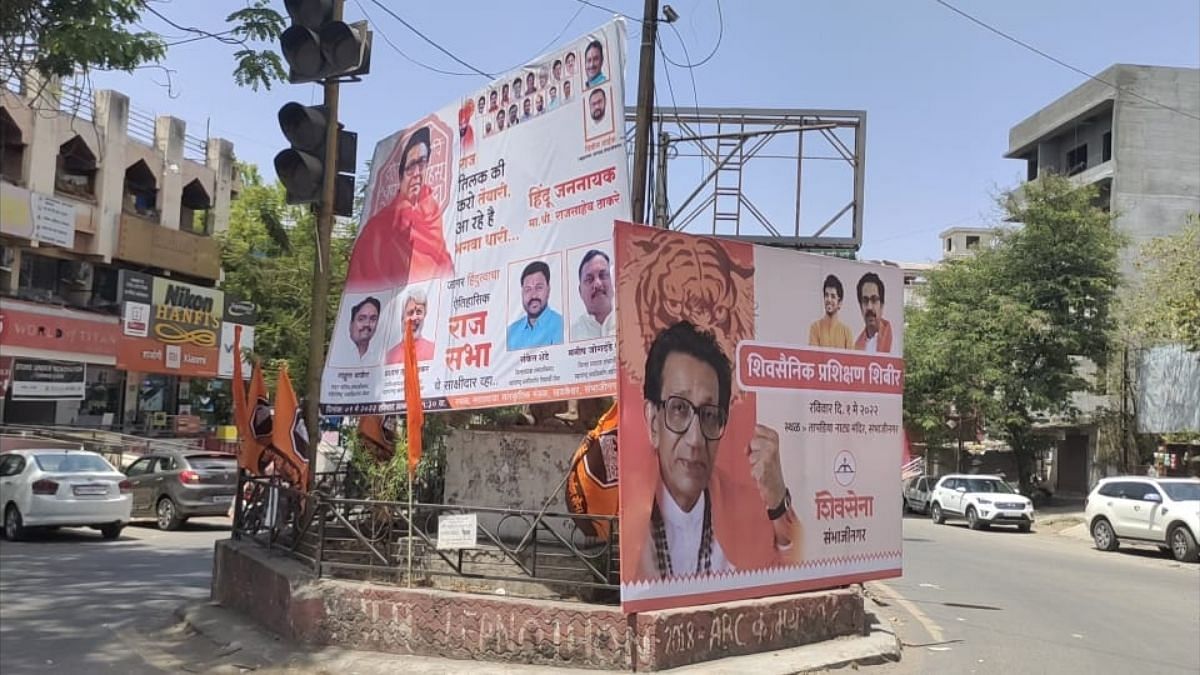
Language: marathi
Transcription: सभा शिवसेना शिवसैनिक राज प्रशिक्षण